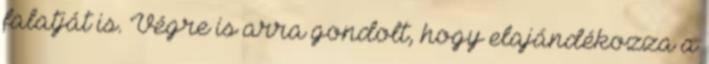
falatját is. Végre is arra gondolt, hogy elajándékozza a